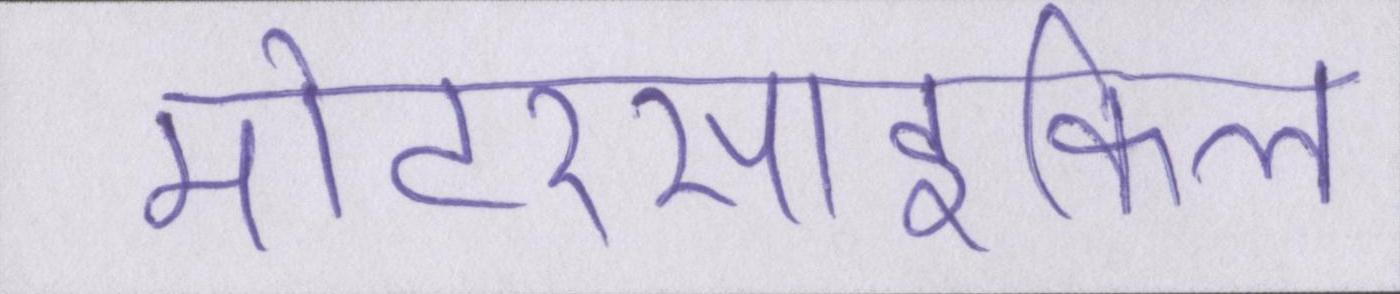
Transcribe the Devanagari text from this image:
मोटरसाइकिल